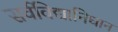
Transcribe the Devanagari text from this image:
सर्वविद्यानिधान